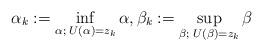
LaTeX: \begin{align*}\alpha_k:= \inf_{\alpha; \; U(\alpha)=z_k}\alpha,\beta_k:= \sup_{\beta; \; U(\beta)=z_k}\beta\end{align*}